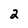
Character: 2